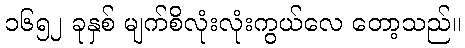
၁၆၅၂ ခုနှစ် မျက်စိလုံးလုံးကွယ်လေ တော့သည်။